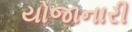
યોજાનારી